Senior Leaving Certificate Examination (including Day School Certificate (Higher) General paper), 1947
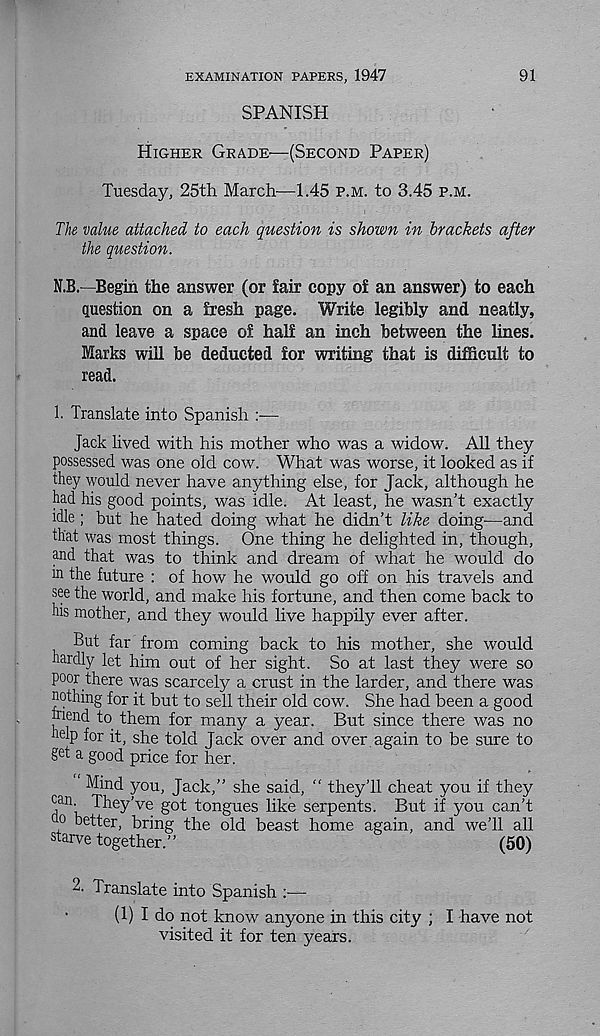
EXAMINATION PAPERS, 1947
91
SPANISH
Higher Grade—(Second Paper)
Tuesday, 25th March—1.45 p.m. to 3.45 p.m.
The value attached to each question is shown in brackets after
the question.
N.B.—Begin the answer (or fair copy of an answer) to each
question on a fresh page. Write legibly and neatly,
and leave a space of half an inch between the lines.
Marks will be deducted for writing that is difficult to
read.
1. Translate into Spanish
Jack lived with his mother who was a widow. All they
possessed was one old cow. What was worse, it looked as if
they would never have anything else, for Jack, although he
had his good points, was idle. At least, he wasn’t exactly
idle ; but he hated doing what he didn’t like doing—and
that was most things. One thing he delighted in, though,
and that was to think and dream of what he would do
in the future : of how he would go off on his travels and
see the world, and make his fortune, and then come back to
his mother, and they would live happily ever after.
But far from coming back to his mother, she would
hardly let him out of her sight. So at last they were so
poor there was scarcely a crust in the larder, and there was
nothing for it but to sell their old cow. She had been a good
inend to them for many a year. But since there was no
help for it, she told Jack over and over again to be sure to
get a good price for her.
Mind you, Jack,” she said, " they’ll cheat you if they
can They’ve got tongues like serpents. But if you can’t
o better, bring the old beast home again, and we’ll all
starve together.”
(50)
2. Translate into Spanish :—
(1) I do not know anyone in this city ; I have not
visited it for ten years.